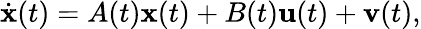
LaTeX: {\dot{\mathbf{x}}}(t)=A(t)\mathbf{x}(t)+B(t)\mathbf{u}(t)+\mathbf{v}(t),